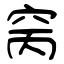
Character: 窉